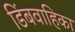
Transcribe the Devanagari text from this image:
डिंबवाहिका